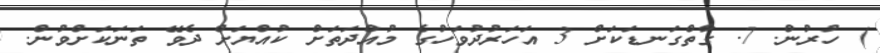
) ހުރުން. 7. ގާތްގަނޑަކަށް 3 އަހަރުދުވަހުގެ މުއްދަތަށް ކުއްޔަށް ދެވޭ ތަނަކަށްވުން.